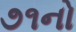
૭૧નો